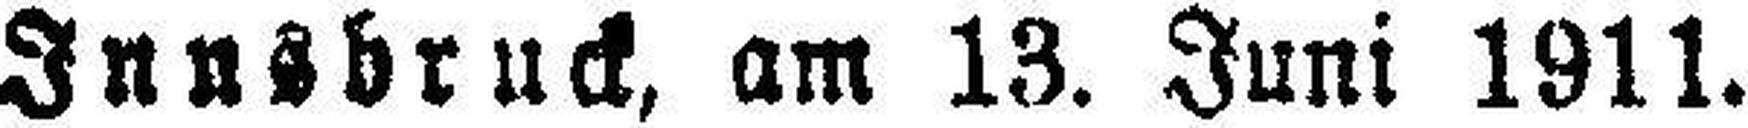
Innsbruck, am 13. Juni 1911.